Annual administration report of the Civil Veterinary Department of India - 1897-1898
Year: 1897
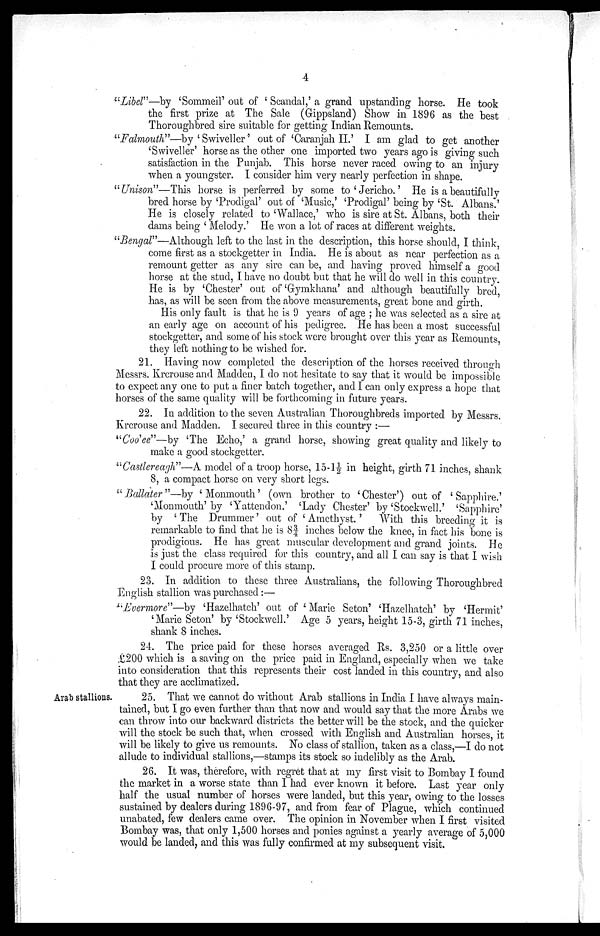
4
"Libel"—by 'Sommeil' out of ' Scandal,' a grand upstanding horse. He took
the first prize at The Sale (Gippsland) Show in 1896 as the best
Thoroughbred sire suitable for getting Indian Remounts.
"Falmouth"—by ' Swiveller' out of 'Caranjah II.' I am glad to get another
'Swiveller' horse as the other one imported two years ago is giving such
satisfaction in the Punjab. This horse never raced owing to an injury
when a youngster. I consider him very nearly perfection in shape.
"Unison"—This horse is perferred by some to 'Jericho.' He is a beautifully-
bred horse by 'Prodigal' out of 'Music,' 'Prodigal' being by 'St. Albans.'
He is closely related to 'Wallace,' who is sire at St. Albans, both their
dams being ' Melody.' He won a lot of races at different weights.
"Bengal"—Although left to the last in the description, this horse should, I think,
come first as a stockgetter in India. He is about as near perfection as a
remount getter as any sire can be, and having proved himself a good
horse at the stud, I have no doubt but that he will do well in this country.
He is by 'Chester' out of 'Gymkhana' and although beautifully bred,
has, as will be seen from the above measurements, great bone and girth.
His only fault is that he is 9 years of age ; he was selected as a sire at
an early age on account of his pedigree. He has been a most successful
stockgetter, and some of his stock were brought over this year as Remounts,
they left nothing to be wished for.
21. Having now completed the description of the horses received through
Messrs. Krcrouse and Madden, I do not hesitate to say that it would be impossible
to expect any one to put a finer batch together, and I can only express a hope that
horses of the same quality will be forthcoming in future years.
22. In addition to the seven Australian Thoroughbreds imported by Messrs.
Krcrouse and Madden. I secured three in this country :—
"Coo'ee"—by 'The Echo,' a grand horse, showing great quality and likely to
make a good stockgetter.
"Castlereagh"—A model of a troop horse, 15-1½ in height, girth 71 inches, shank
8, a compact horse on very short legs.
"Ballater"—by 'Monmouth' (own brother to 'Chester') out of 'Sapphire.'
'Monmouth' by 'Yattendon.' 'Lady Chester' by 'Stockwell.' 'Sapphire'
by ' The Drummer' out of ' Amethyst.'
With this breeding it is
remarkable to find that he is 8¾ inches below the knee, in fact his bone is
prodigious. He has great muscular development and grand joints. He
is just the class required for this country, and all I can say is that I wish
I could procure more of this stamp.
23. In addition to these three Australians, the following Thoroughbred
English stallion was purchased:—
"Evermore"—by 'Hazelhatch' out of 'Marie Seton' 'Hazelhatch' by 'Hermit'
'Marie Seton' by 'Stockwell' Age 5 years, height 15-3, girth 71 inches,
shank 8 inches.
24. The price paid for these horses averaged Rs. 3,250 or a little over
£200 which is a saving on the price paid in England, especially when we take
into consideration that this represents their cost landed in this country, and also
that they are acclimatized.
Arab stallions.
25. That we cannot do without Arab stallions in India I have always main-
tained, but I go even further than that now and would say that the more Arabs we
can throw into our backward districts the better will be the stock, and the quicker
will the stock be such that, when crossed with English and Australian horses, it
will be likely to give us remounts. No class of stallion, taken as a class,—I do not
allude to individual stallions,—stamps its stock so indelibly as the Arab.
26. It was, therefore, with regret that at my first visit to Bombay I found
the market in a worse state than I had ever known it before. Last year only
half the usual number of horses were landed, but this year, owing to the losses
sustained by dealers during 1896-97, and from fear of Plague, which continued
unabated, few dealers came over. The opinion in November when I first visited
Bombay was, that only 1,500 horses and ponies against a yearly average of 5,000
would be landed, and this was fully confirmed at my subsequent visit.